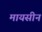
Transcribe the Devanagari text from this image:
मायसीन